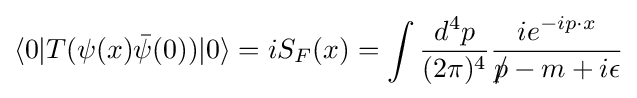
\langle 0|T(\psi (x){\bar {\psi }}(0))|0\rangle =iS_{F}(x)=\int {\frac {d^{4}p}{(2\pi )^{4}}}{\frac {ie^{-ip\cdot x}}{p\!\!\!/-m+i\epsilon }}